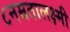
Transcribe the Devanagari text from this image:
८नम्रतालक्ष्मी